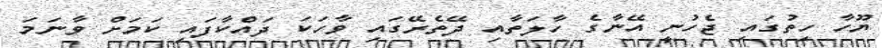
ޔޫހާ ހިތުގައި ޖެހުނީ އޭނާގެ ހާލަތާއި ދޭތެރޭގައި ވާހަކަ ދައްކާފައި ކަމަށް ވާނަމަ